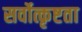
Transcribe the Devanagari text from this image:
सर्वोत्कृष्टता